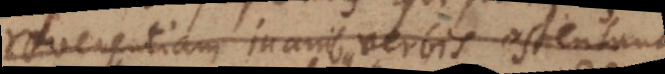
reverentiam inanibus verbis ostentant,